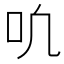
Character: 𫩓